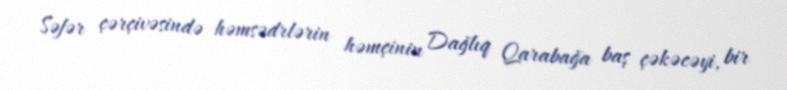
Səfər çərçivəsində həmsədrlərin həmçinin Dağlıq Qarabağa baş çəkəcəyi, bir